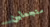
ستجعلين